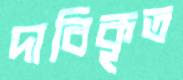
দাবিকৃত